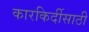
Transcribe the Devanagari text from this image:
कारकिर्दीसाठी